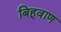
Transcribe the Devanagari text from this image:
बिहूवाण